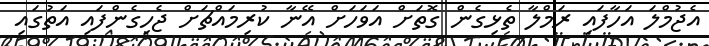
އެޖުމްލަ އަހާފައި ރަމްލާ ތެޅިގެން ގޮތަށް އަވަހަށް އޭނާ ކުރިމައްޗަށް ޖެހިގެންފައި އަތުގައި